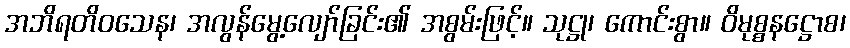
အဘိရတိဝသေန၊ အလွန်မွေ့လျော်ခြင်း၏ အစွမ်းဖြင့်။ သုဋ္ဌု၊ ကောင်းစွာ။ ဝိမုစ္စနဋ္ဌောစ၊